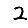
Digit: 2